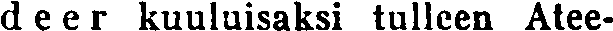
de e r kuuluisaksi tulleen Atee-